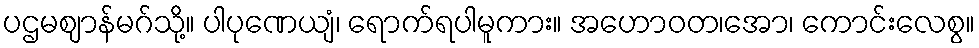
ပဌမဈာန်မဂ်သို့။ ပါပုဏေယျံ၊ ရောက်ရပါမူကား။ အဟောဝတ၊အော၊ ကောင်းလေစွ။